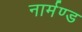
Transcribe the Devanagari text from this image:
नार्मण्ड